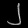
Digit: ၂